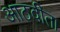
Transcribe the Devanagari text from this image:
आठवीता